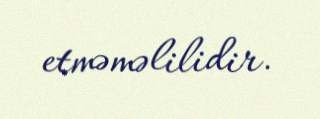
etməməlilidir.